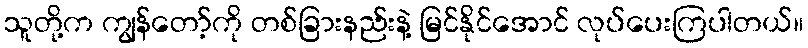
သူတို့က ကျွန်တော့်ကို တစ်ခြားနည်းနဲ့ မြင်နိုင်အောင် လုပ်ပေးကြပါတယ်။